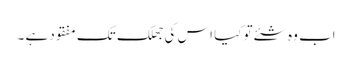
اب وہ شئے تو کیا اس کی جھلک تک مفقود ہے ۔